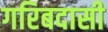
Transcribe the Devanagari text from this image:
गरिबदासी